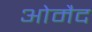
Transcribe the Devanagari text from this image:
ओमैद